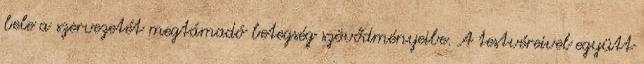
bele a szervezetét megtámadó betegség szövődményeibe. A testvéreivel együtt